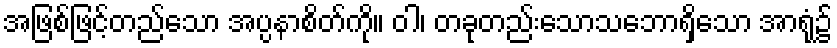
အဖြစ်ဖြင့်တည်သော အပ္ပနာစိတ်ကို။ ဝါ၊ တခုတည်းသောသဘောရှိသော အာရုံ၌